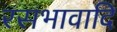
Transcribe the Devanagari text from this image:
रसभावादि